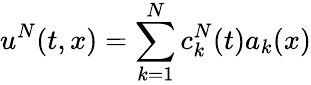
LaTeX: u^{N}(t,x)=\sum_{k=1}^{N}c_{k}^{N}(t)a_{k}(x)